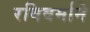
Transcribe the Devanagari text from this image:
रविवर्माने